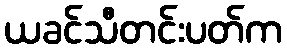
ယခင်သီတင်းပတ်က